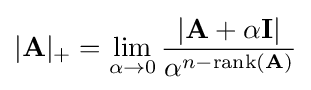
|\mathbf {A} |_{+}=\lim _{\alpha \to 0}{\frac {|\mathbf {A} +\alpha \mathbf {I} |}{\alpha ^{n-\operatorname {rank} (\mathbf {A} )}}}